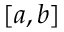
[ a , b ]